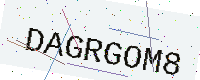
Text: DAGRGOM8